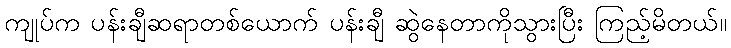
ကျုပ်က ပန်းချီဆရာတစ်ယောက် ပန်းချီ ဆွဲနေတာကိုသွားပြီး ကြည့်မိတယ်။